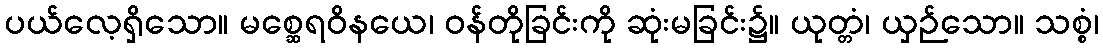
ပယ်လေ့ရှိသော။ မစ္ဆေရဝိနယေ၊ ဝန်တိုခြင်းကို ဆုံးမခြင်း၌။ ယုတ္တံ၊ ယှဉ်သော။ သစ္စံ၊